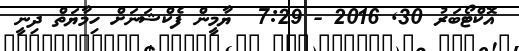
އޮކްޓޯބަރު 30